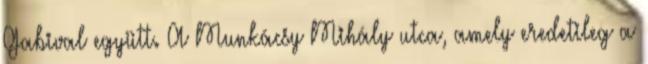
Gabival együtt. A Munkácsy Mihály utca, amely eredetileg a